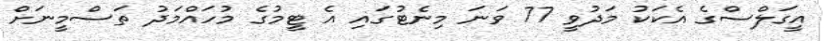
އީގަލްސްގެ އެކަކު މަދުވީ 77 ވަނަ މިނެޓުގައި އެ ޓީމުގެ މުހައްމަދު ތަސްމީނަށް